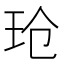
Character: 玱